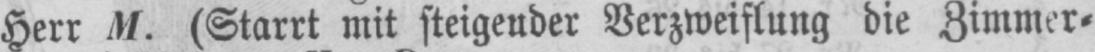
Herr M. (Starrt mit steigender Verzweiflung die Zimmer⸗